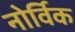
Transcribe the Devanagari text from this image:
नोर्विक